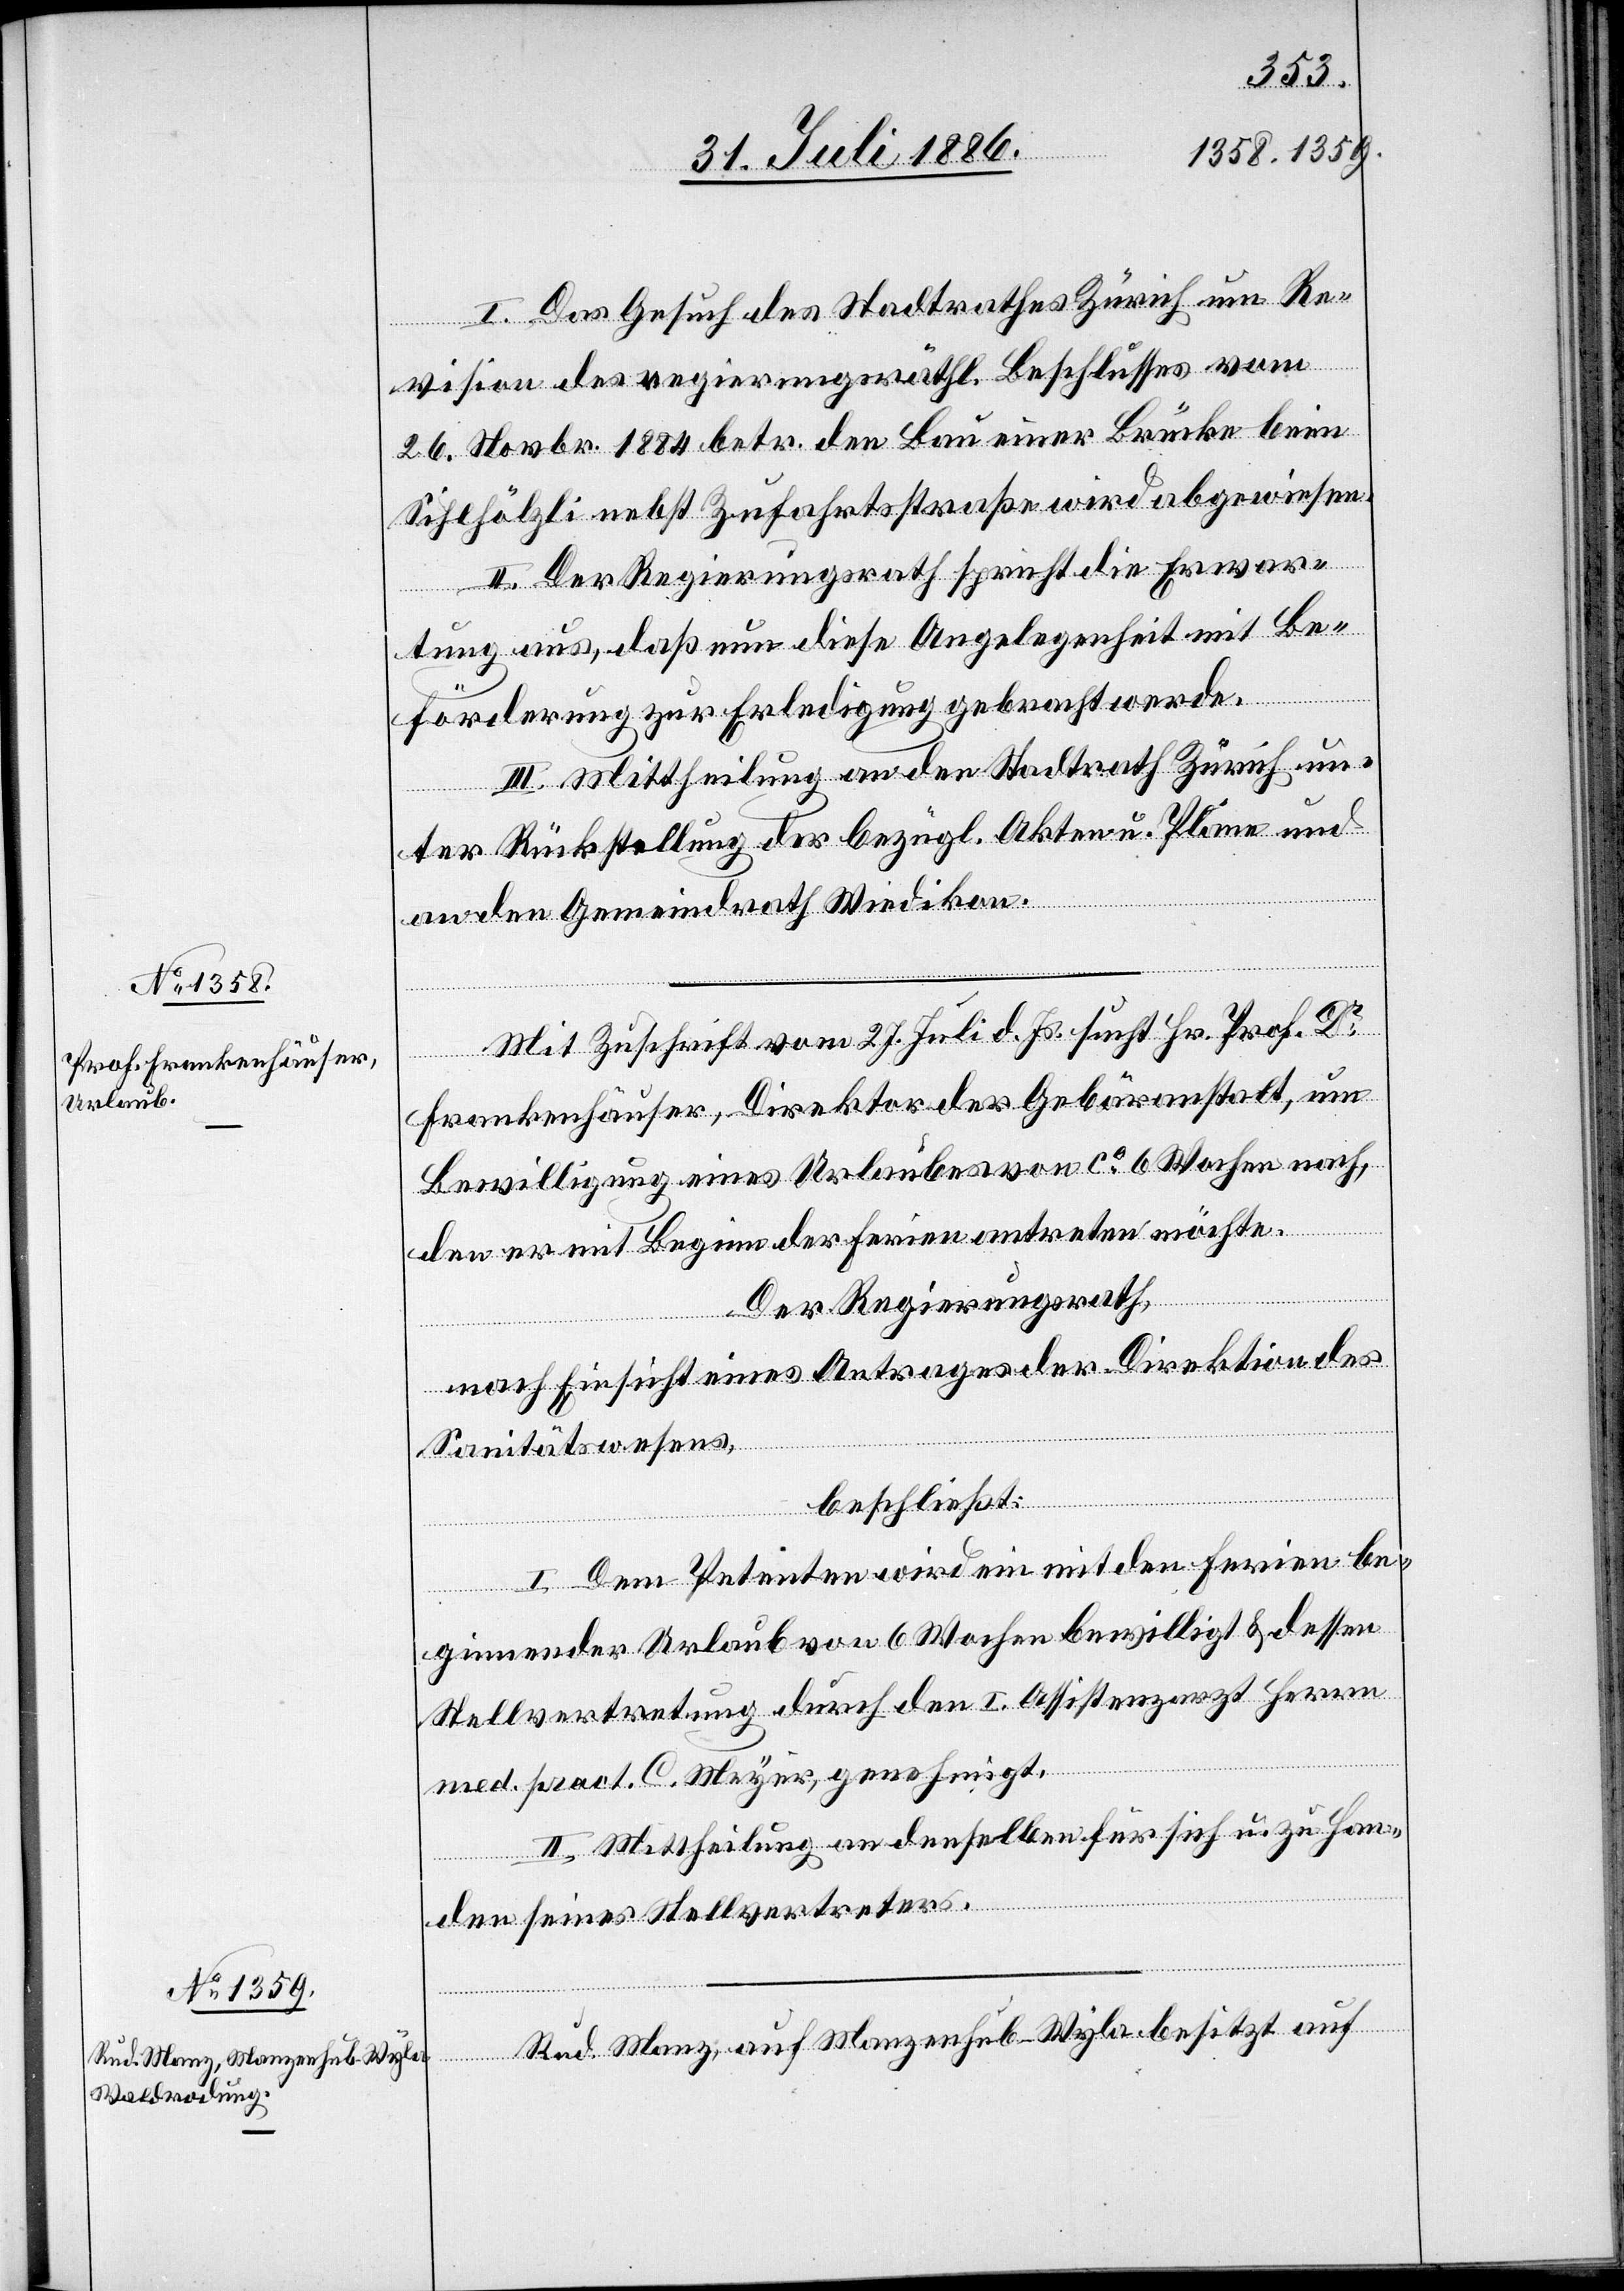
I. Das Gesuch des Stadtrathes Zürich um Re¬
vision des regierungsräthl. Beschlusses vom
26. Novbr. 1884 betr. den Bau einer Brücke beim
Sihlhölzli nebst Zufahrtsstraße wird abgewiesen.
II. Der Regierungsrath spricht die Erwar¬
tung aus, daß nun diese Angelegenheit mit Be¬
förderung zur Erledigung gebracht werde.
III. Mittheilung an den Stadtrath Zürich un¬
ter Rückstellung der bezügl. Akten u. Pläne und
an den Gemeindrath Wiedikon.
Mit Zuschrift vom 27. Juli d. Js. sucht Hr. Prof. Dr.
Frankenhäuser, Direktor der Gebäranstalt, um
Bewilligung eines Urlaubes von ca 6 Wochen nach,
den er mit Beginn der Ferien antreten möchte.
Der Regierungsrath,
nach Einsicht eines Antrages der Direktion des
besitzt
Sanitätswesens,
beschließt:
I. Dem Petenten wird ein mit den Ferien be¬
ginnender Urlaub von 6 Wochen bewilligt & dessen
Stellvertretung durch den I. Assistenzarzt Herrn
med. pract. C. Meyer, genehmigt.
II. Mittheilung an denselben für sich u. zu Han¬
den seines Stellvertreters.